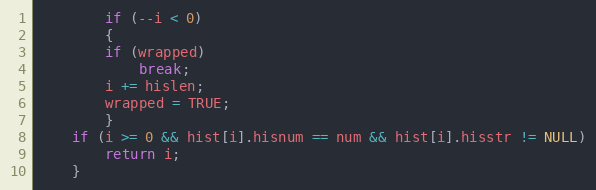
Language: C
	    if (--i < 0)
	    {
		if (wrapped)
		    break;
		i += hislen;
		wrapped = TRUE;
	    }
	if (i >= 0 && hist[i].hisnum == num && hist[i].hisstr != NULL)
	    return i;
    }